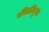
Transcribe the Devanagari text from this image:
कीर्तीमुख